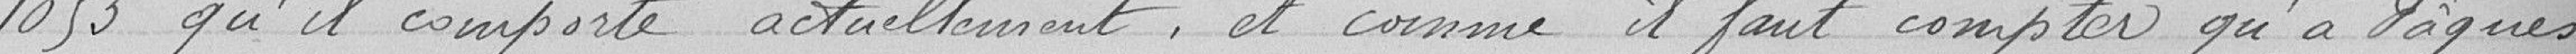
1053 qu'il comporte actuellement, et comme il faut compter qu'à Pâques